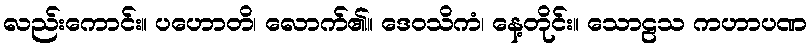
လည်းကောင်း။ ပဟောတိ၊ လောက်၏။ ဒေဝသိကံ၊ နေ့တိုင်း။ သောဠသ ကဟာပဏ